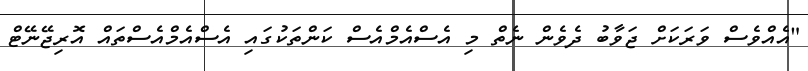
"އެއްވެސް ވަރަކަށް ޖަވާބު ދެވެން ނެތް މި އެސްއެމްއެސް ކަންތަކުގައި އެސްއެމްއެސްތައް އޮރިޖޭނޭޓް